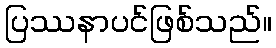
ပြဿနာပင်ဖြစ်သည်။